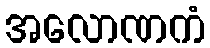
အလောဏကံ